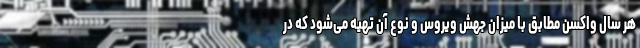
هر سال واکسن مطابق با میزان جهش ویروس و نوع آن تهیه می‌­شود که در